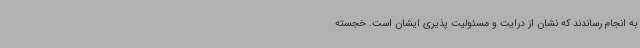
به انجام رساندند که نشان از درایت و مسئولیت پذیری ایشان است. خجسته